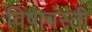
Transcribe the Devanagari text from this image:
विषावरती